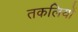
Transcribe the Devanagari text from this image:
तकलियों